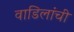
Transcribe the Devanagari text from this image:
वाडिलांची